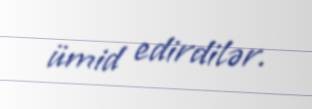
ümid edirdilər.